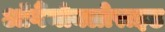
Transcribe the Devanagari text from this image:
ऑर्गैनोक्लोराइड